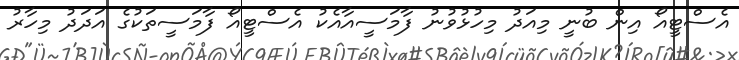
އެސްޓީއޯ އިން ބުނީ މިއަދު މިހުޅުވުނު ފާމަސީއާއެކު އެސްޓީއޯ ފާމަސީތަކުގެ އަދަދު މިހާރު